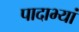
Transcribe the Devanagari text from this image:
पादाभ्यां